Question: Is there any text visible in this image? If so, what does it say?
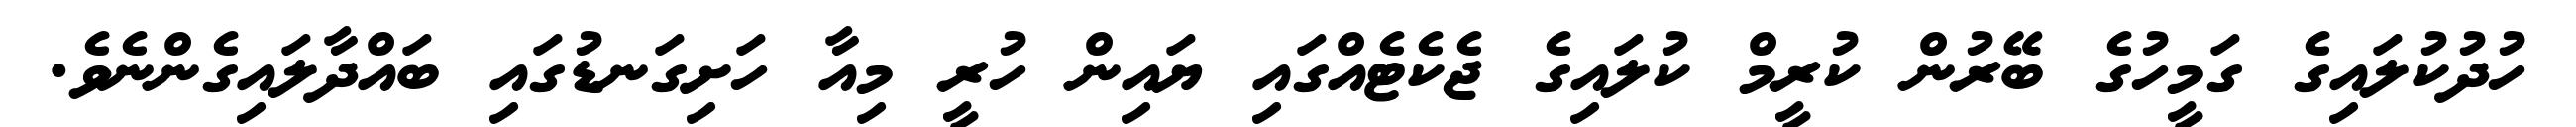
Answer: ހުދުކުލައިގެ ގަމީހުގެ ބޭރުން ކުރީމް ކުލައިގެ ޖެކެޓެއްގައި ޔައިން ހުރީ މިއާ ހަށިގަނޑުގައި ބައްދާލައިގެންނެވެ.